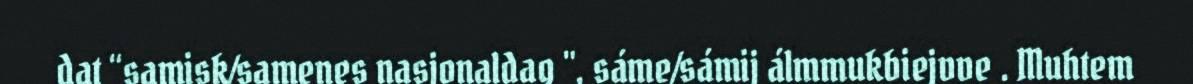
dat “samisk/samenes nasjonaldag ", sáme/sámij álmmukbiejvve . Muhtem